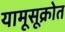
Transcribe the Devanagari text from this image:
यामूसूक्रोत